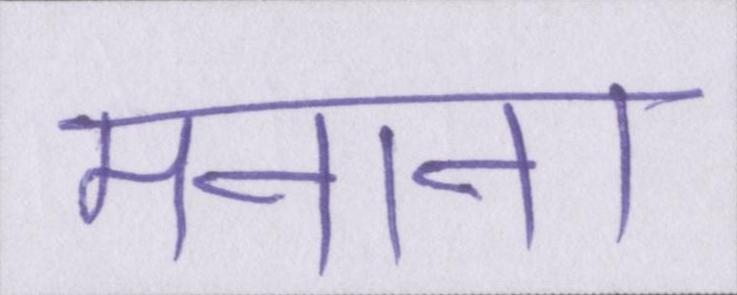
मनाना